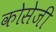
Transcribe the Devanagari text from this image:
कोसेजी